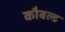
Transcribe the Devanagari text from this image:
कौबल्ड